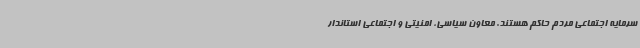
سرمایه اجتماعی مردم حاکم هستند. معاون سیاسی، امنیتی و اجتماعی استاندار